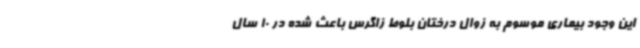
این وجود بیماری موسوم به زوال درختان بلوط زاگرس باعث شده در 10 سال